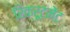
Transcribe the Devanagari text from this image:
रिक्रूटमेंट